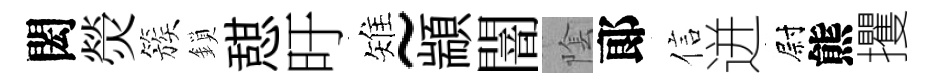
閎熒簇鎖憇旴雉~顓闇隂郞信迸尉熊攫